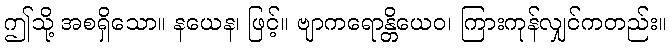
ဤသို့ အစရှိသော။ နယေန၊ ဖြင့်။ ဗျာကရောန္တိယေဝ၊ ကြားကုန်လျှင်ကတည်း။